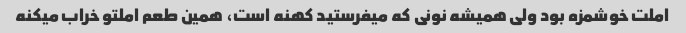
املت خوشمزه بود ولی همیشه نونی که میفرستید کهنه است، همین طعم املتو خراب میکنه